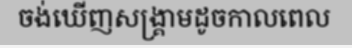
ចង់ឃើញសង្គ្រាមដូចកាលពេល